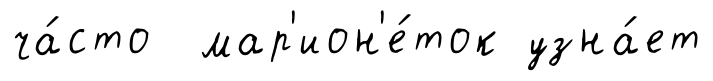
ча́сто мар'ион'е́ток узна́ет